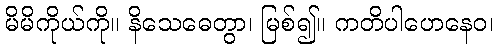
မိမိကိုယ်ကို။ နိသေဓေတွာ၊ မြစ်၍။ ကတိပါဟေနေဝ၊